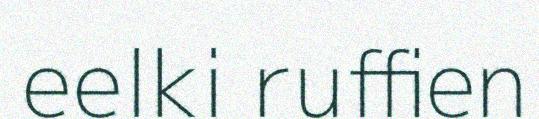
eelki ruffien